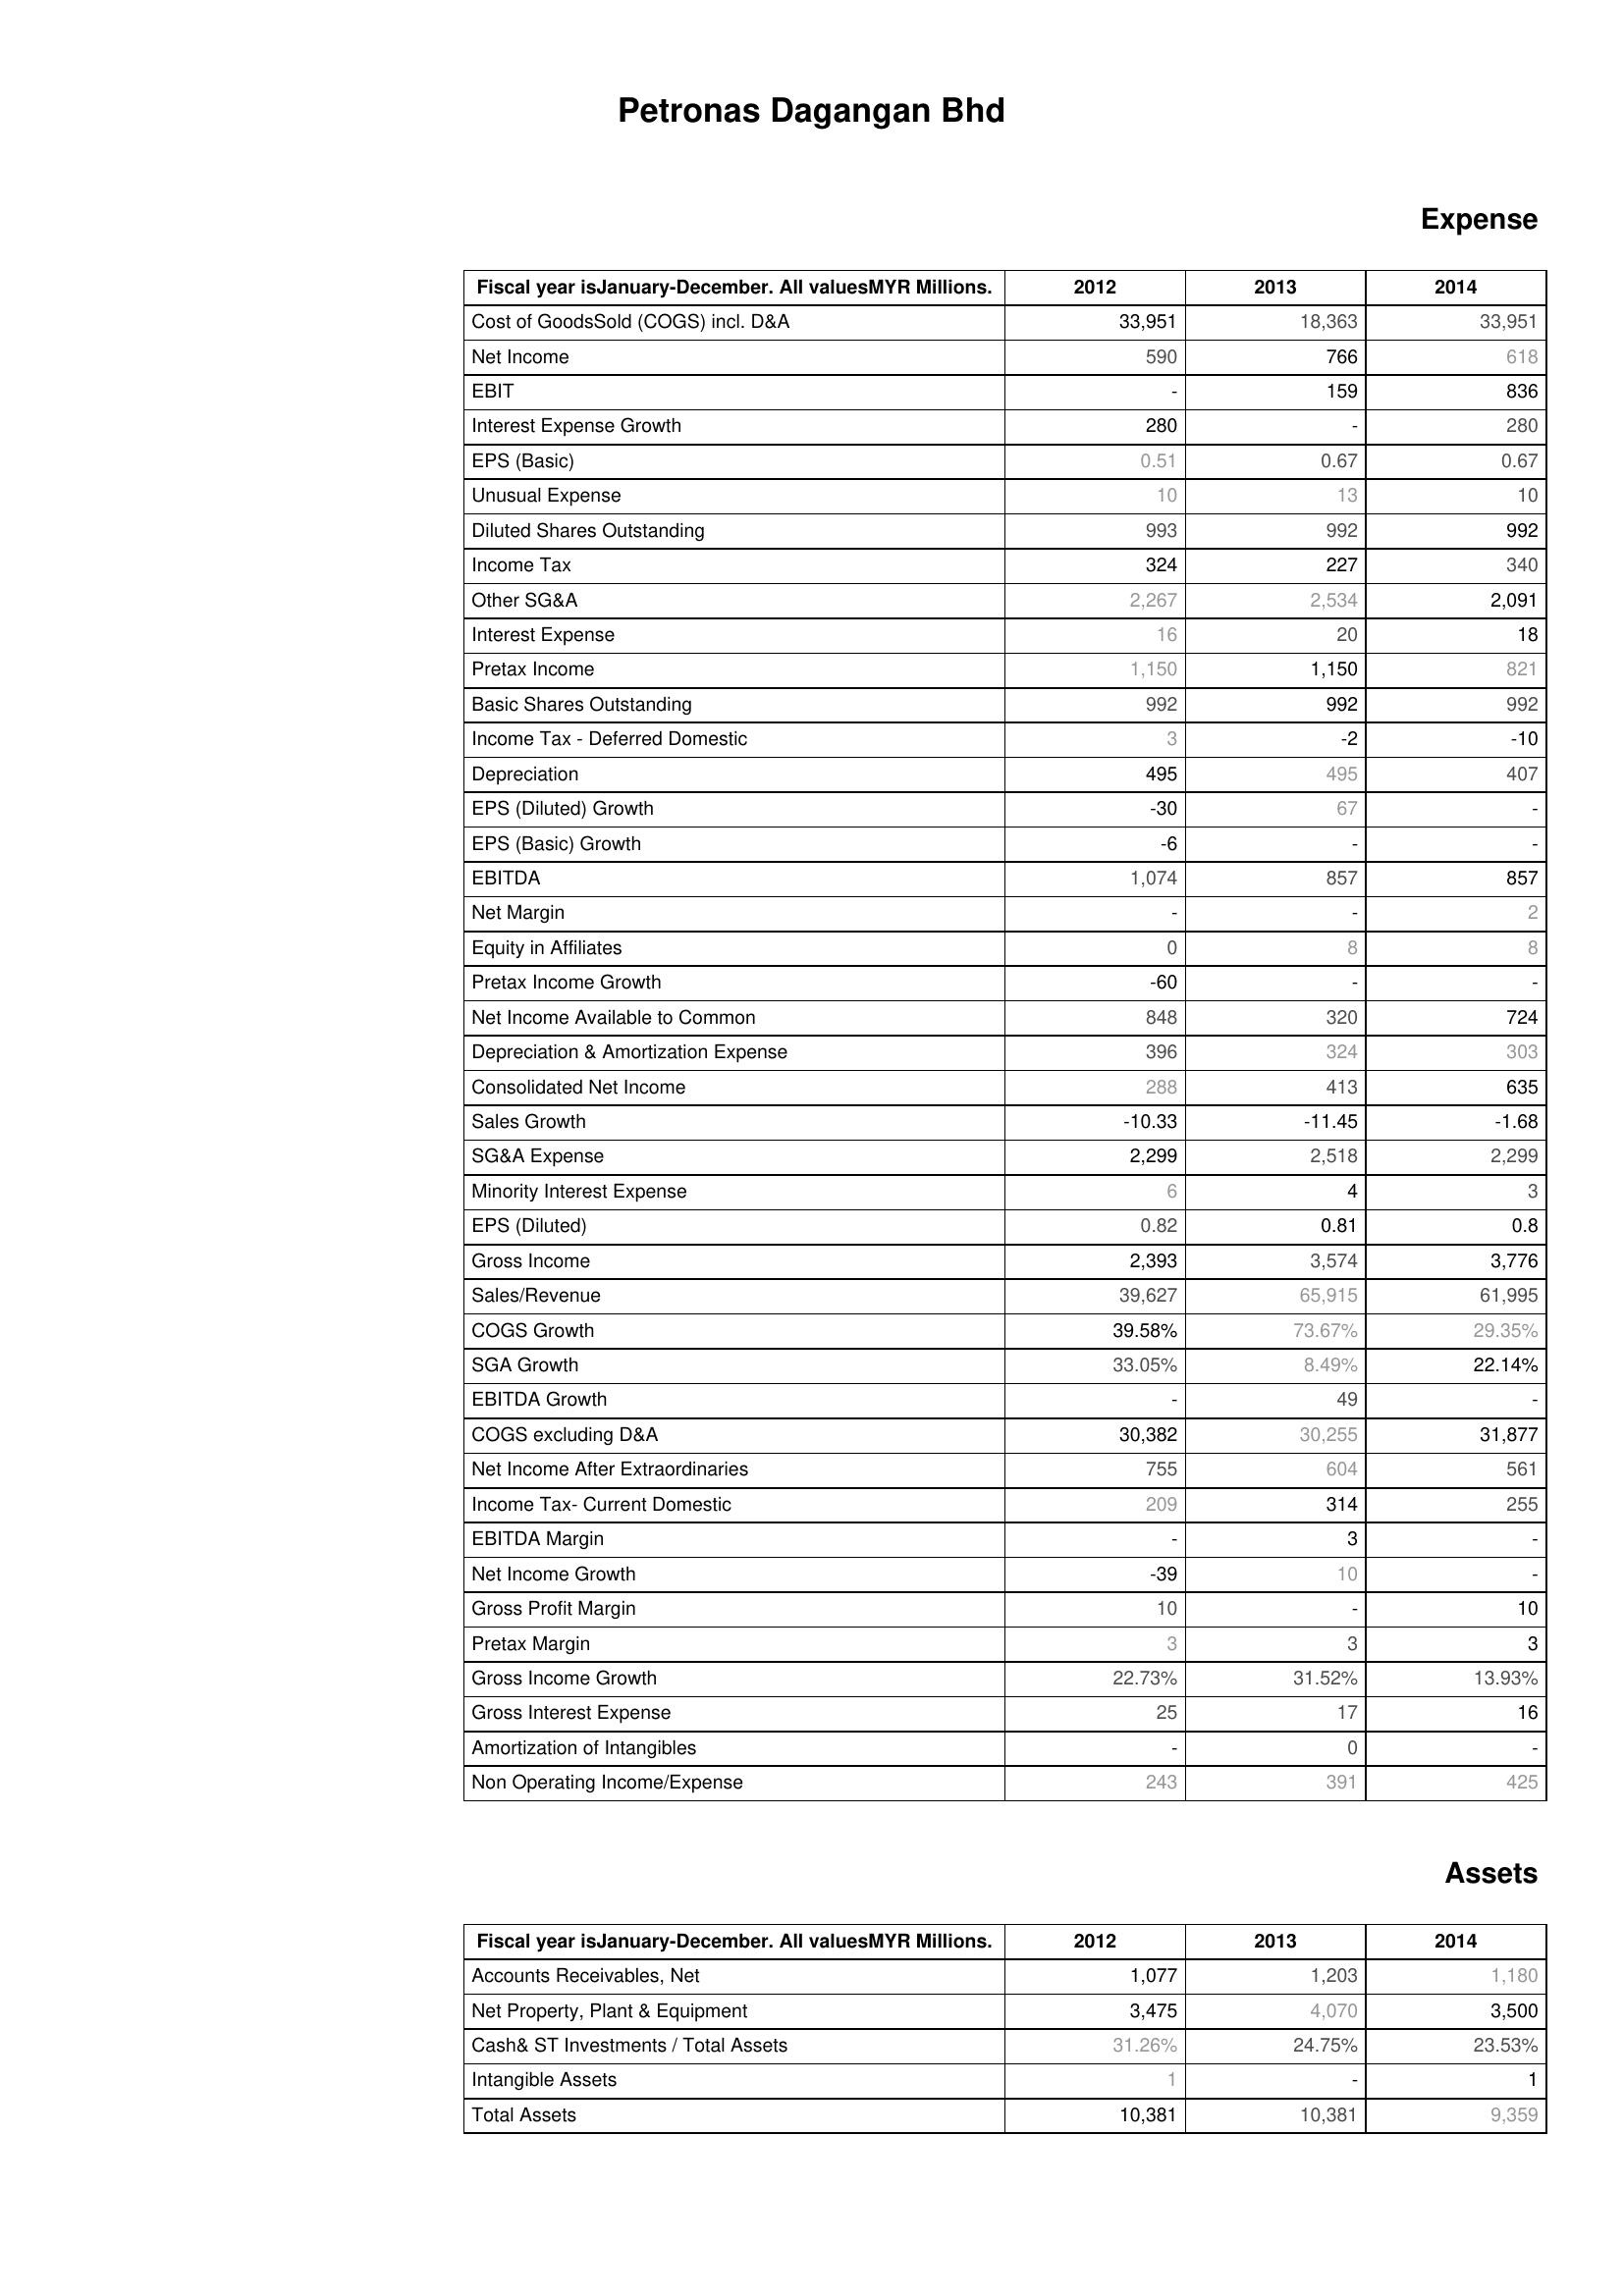
2012: Expense: Cost of GoodsSold (COGS) incl. D&A: 33,951
Net Income: 590
EBIT: -
Interest Expense Growth: 280
EPS (Basic): 0.51
Unusual Expense: 10
Diluted Shares Outstanding: 993
Income Tax: 324
Other SG&A: 2,267
Interest Expense: 16
Pretax Income: 1,150
Basic Shares Outstanding: 992
Income Tax - Deferred Domestic: 3
Depreciation: 495
EPS (Diluted) Growth: -30
EPS (Basic) Growth: -6
EBITDA: 1,074
Net Margin: -
Equity in Affiliates: 0
Pretax Income Growth: -60
Net Income Available to Common: 848
Depreciation & Amortization Expense: 396
Consolidated Net Income: 288
Sales Growth: -10.33
SG&A Expense: 2,299
Minority Interest Expense: 6
EPS (Diluted): 0.82
Gross Income: 2,393
Sales/Revenue: 39,627
COGS Growth: 39.58%
SGA Growth: 33.05%
EBITDA Growth: -
COGS excluding D&A: 30,382
Net Income After Extraordinaries: 755
Income Tax- Current Domestic: 209
EBITDA Margin: -
Net Income Growth: -39
Gross Profit Margin: 10
Pretax Margin: 3
Gross Income Growth: 22.73%
Gross Interest Expense: 25
Amortization of Intangibles: -
Non Operating Income/Expense: 243
Assets: Accounts Receivables, Net: 1,077
Net Property, Plant & Equipment: 3,475
Cash& ST Investments / Total Assets: 31.26%
Intangible Assets: 1
Total Assets: 10,381
2013: Expense: Cost of GoodsSold (COGS) incl. D&A: 18,363
Net Income: 766
EBIT: 159
Interest Expense Growth: -
EPS (Basic): 0.67
Unusual Expense: 13
Diluted Shares Outstanding: 992
Income Tax: 227
Other SG&A: 2,534
Interest Expense: 20
Pretax Income: 1,150
Basic Shares Outstanding: 992
Income Tax - Deferred Domestic: -2
Depreciation: 495
EPS (Diluted) Growth: 67
EPS (Basic) Growth: -
EBITDA: 857
Net Margin: -
Equity in Affiliates: 8
Pretax Income Growth: -
Net Income Available to Common: 320
Depreciation & Amortization Expense: 324
Consolidated Net Income: 413
Sales Growth: -11.45
SG&A Expense: 2,518
Minority Interest Expense: 4
EPS (Diluted): 0.81
Gross Income: 3,574
Sales/Revenue: 65,915
COGS Growth: 73.67%
SGA Growth: 8.49%
EBITDA Growth: 49
COGS excluding D&A: 30,255
Net Income After Extraordinaries: 604
Income Tax- Current Domestic: 314
EBITDA Margin: 3
Net Income Growth: 10
Gross Profit Margin: -
Pretax Margin: 3
Gross Income Growth: 31.52%
Gross Interest Expense: 17
Amortization of Intangibles: 0
Non Operating Income/Expense: 391
Assets: Accounts Receivables, Net: 1,203
Net Property, Plant & Equipment: 4,070
Cash& ST Investments / Total Assets: 24.75%
Intangible Assets: -
Total Assets: 10,381
2014: Expense: Cost of GoodsSold (COGS) incl. D&A: 33,951
Net Income: 618
EBIT: 836
Interest Expense Growth: 280
EPS (Basic): 0.67
Unusual Expense: 10
Diluted Shares Outstanding: 992
Income Tax: 340
Other SG&A: 2,091
Interest Expense: 18
Pretax Income: 821
Basic Shares Outstanding: 992
Income Tax - Deferred Domestic: -10
Depreciation: 407
EPS (Diluted) Growth: -
EPS (Basic) Growth: -
EBITDA: 857
Net Margin: 2
Equity in Affiliates: 8
Pretax Income Growth: -
Net Income Available to Common: 724
Depreciation & Amortization Expense: 303
Consolidated Net Income: 635
Sales Growth: -1.68
SG&A Expense: 2,299
Minority Interest Expense: 3
EPS (Diluted): 0.8
Gross Income: 3,776
Sales/Revenue: 61,995
COGS Growth: 29.35%
SGA Growth: 22.14%
EBITDA Growth: -
COGS excluding D&A: 31,877
Net Income After Extraordinaries: 561
Income Tax- Current Domestic: 255
EBITDA Margin: -
Net Income Growth: -
Gross Profit Margin: 10
Pretax Margin: 3
Gross Income Growth: 13.93%
Gross Interest Expense: 16
Amortization of Intangibles: -
Non Operating Income/Expense: 425
Assets: Accounts Receivables, Net: 1,180
Net Property, Plant & Equipment: 3,500
Cash& ST Investments / Total Assets: 23.53%
Intangible Assets: 1
Total Assets: 9,359